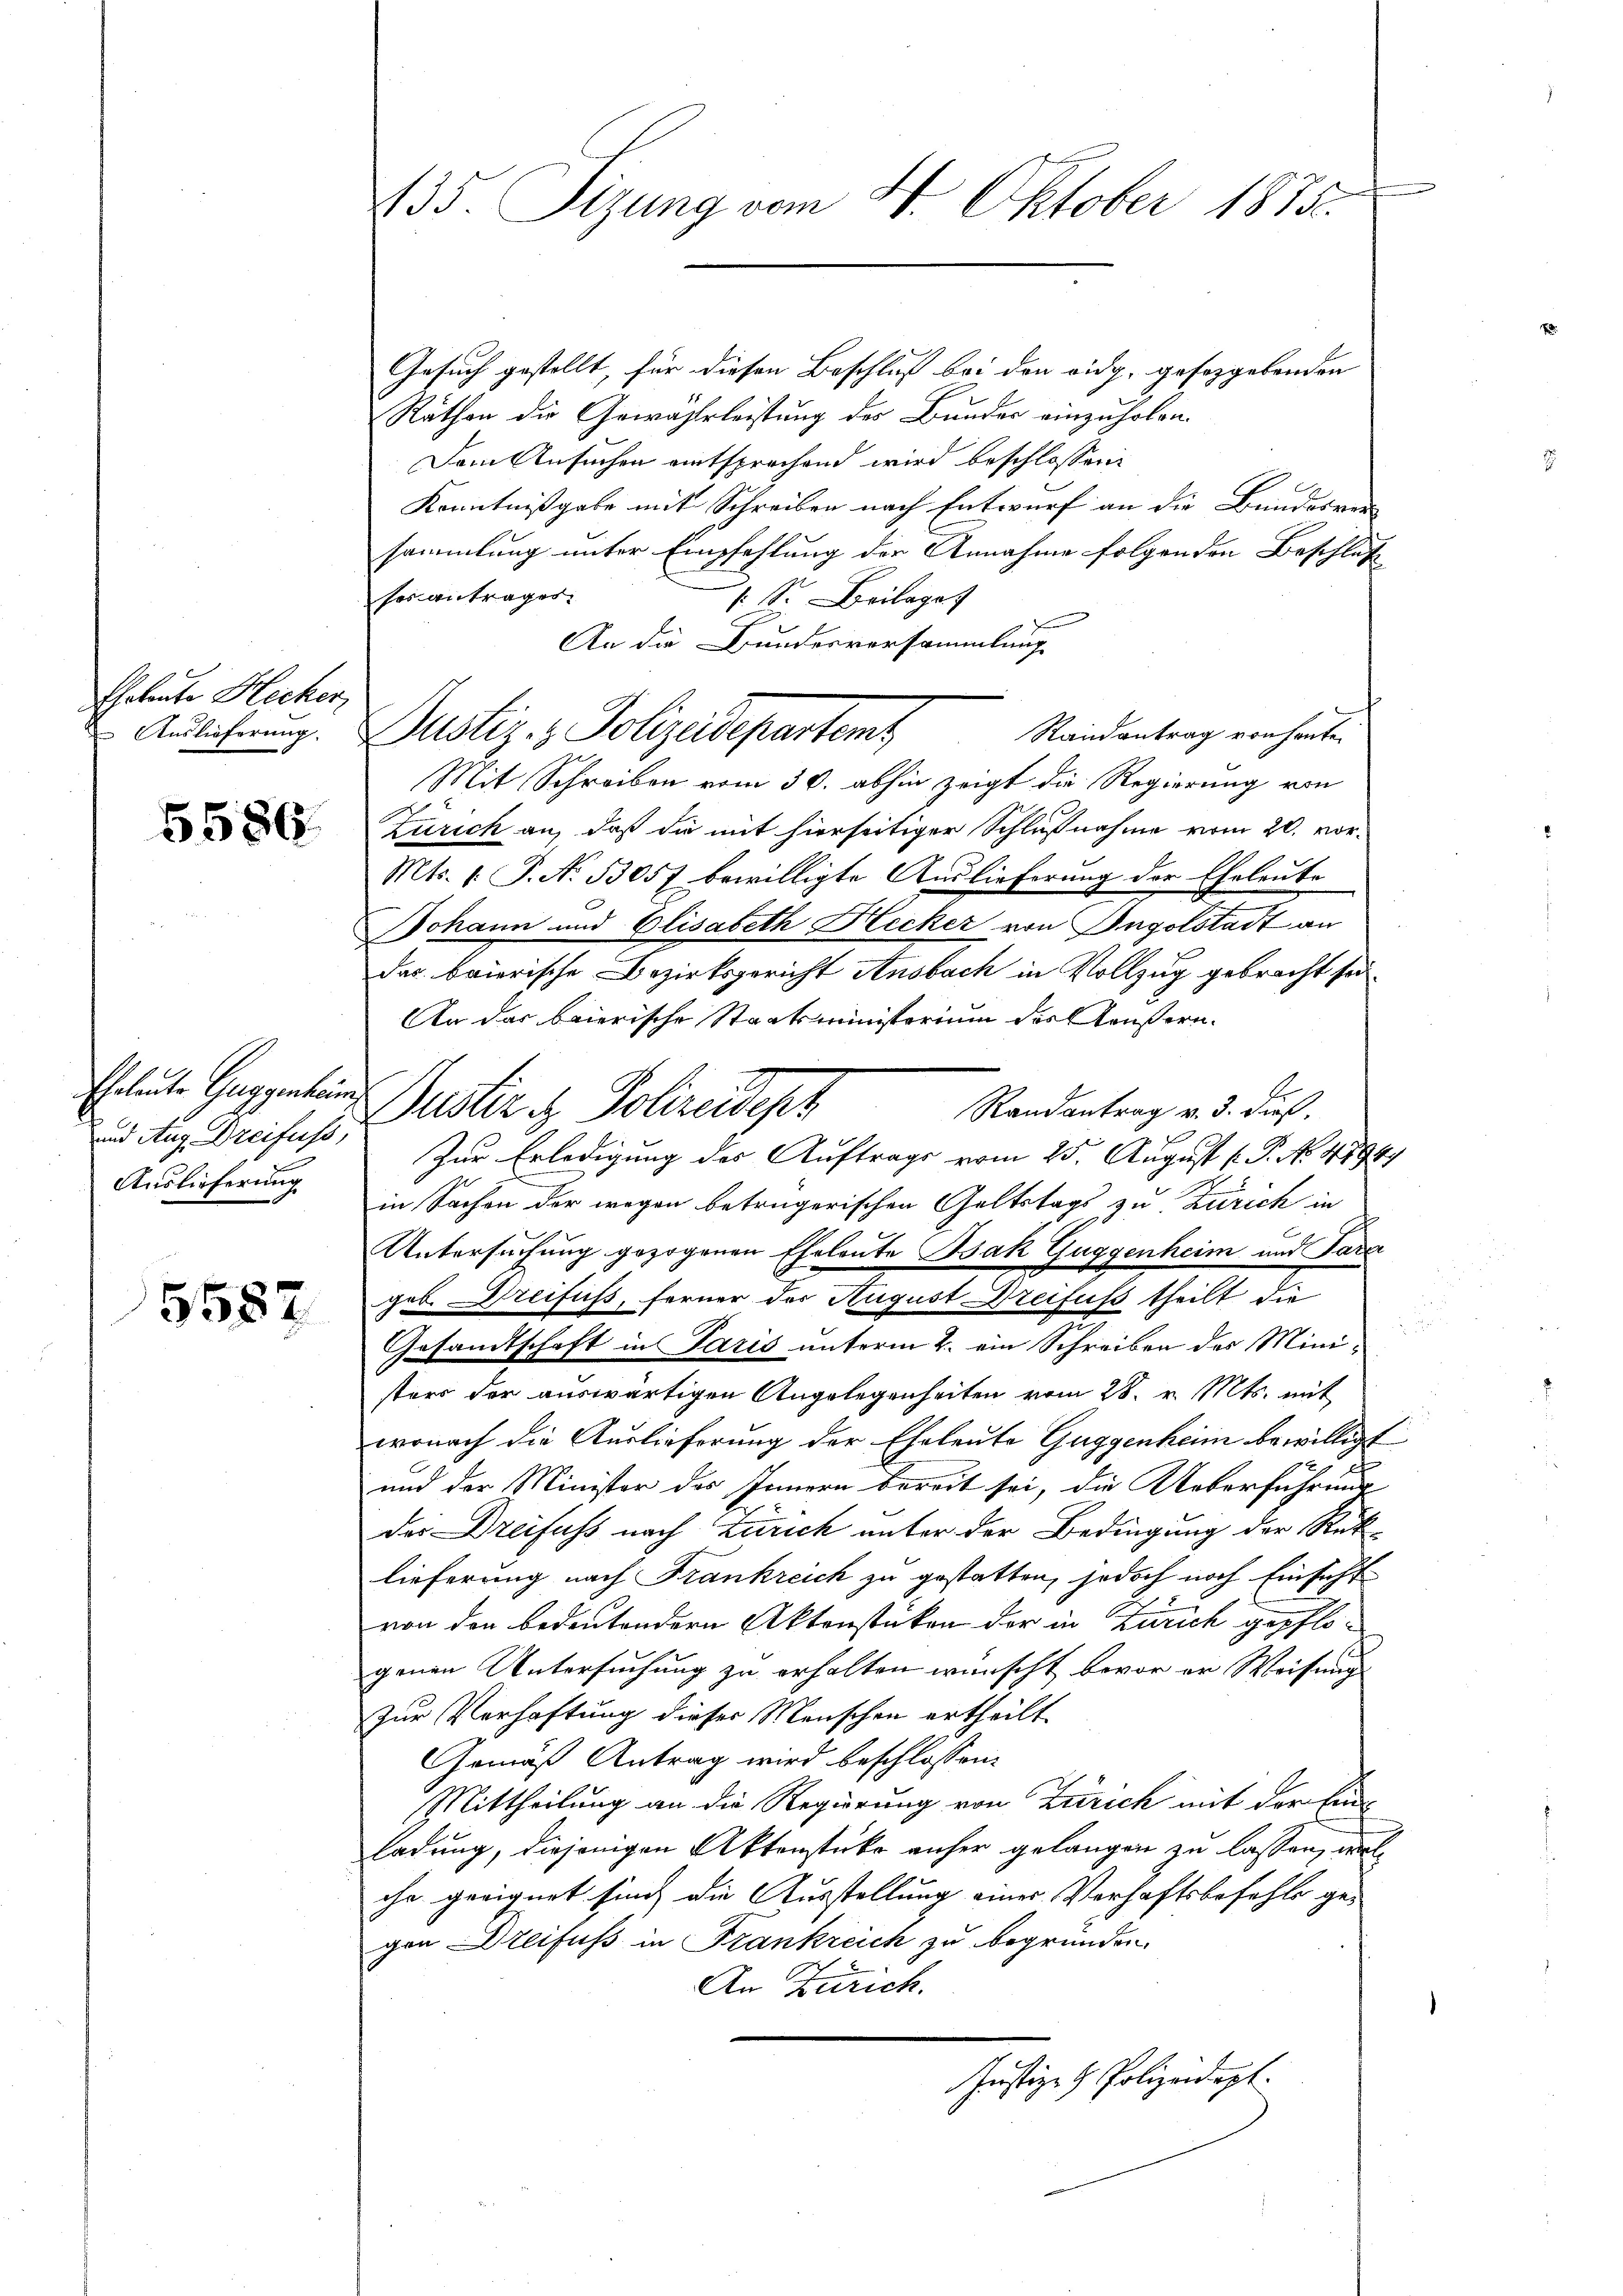
Eheleute Hecker,
Auslieferung.

5586

Eheleute Guggenheimn
und Aug. Dreifuss,
Auslieferung

5587

h

35. Sizung vom 4. Oktober 1875.

Gesuch gestellt, für diesen Beschluß bei den eidg. gesetzgebenden
Rathen die Gewährleistung des Bunder einzuholen.
Dem Ansuchen entsprochend wird beschlossen:
Kenntnißgabe mit Schreiben nach Entwurf an die Bundesver-
sammlung unter Empfehlung der Annahme folgenden Beschluß
ses antragen.
s. S. Beilage
An die Bundesversammlung
Randantrag von heute.
Mit Schreiben vom 30. abhin zeigt die Regierung von
Zürich an, daß die mit hierseitiger Schlußnahme vom 20. vor¬
Mts. 1. P. No 13057 bewilligte Auslieferung der Eheleute
Johann und Elisabeth Hecker von Ingolstadt an
das baierische Bezirksgericht Ansbach in Vollzug gebracht sei.
An das baierische Staatsministerium der Aeußern.
Justiz & Polizeidesz
Randantrag v. 3. dieß.
Zur Erledigung des Auftrags vom 25. August l. P. No. 4894/
in Sachen der wegen betrügerischen Geltstags zu Zürich in
Untersuchung gezogenen Eheleute Bak Guggenheim und Para
geb. Dreifuss, ferner der August Dreifus theilt die
Gesandtschaft in Paris unterm 2. ein Schreiben des Ministers der auswärtigen Angelegenheiten vom 28. v. Mts. mit
wonach die Auslieferung der Eheleute Guggenheim bewilligt
.
und der Minister des Innern bereit sei, die Ueberführung
der Dreifuss nach Zürich unter der Bedingung der Rüklieferung nach Frankreich zu gestatten, jedoch noch Einsicht
von den bedeutendern Aktenstüken der in Zürich gepflogenen Untersuchung zu erhalten wünscht bevor er Weisung
Zur Verhaftung dieser Menschen ertheilt.
Gemäß Antrag wird beschlossen:
Mittheilung an die Regierung von Zürich mit der Einladung, diejenigen Aktenstücke anher gelangen zu lassen, welche geeignet sind, die Ausstellung eines Verhaftsbefehls gegen Dreifuss in Frankreich zu begründen.
An Zürich.
Justiz- & Polizeidept.

Justiz- & Polizeidepartens